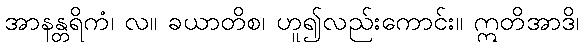
အာနန္တရိကံ၊ လ။ ခယာတိစ၊ ဟူ၍လည်းကောင်း။ ဣတိအာဒိ၊